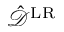
\hat { \mathcal { D } } ^ { \mathrm { L R } }